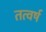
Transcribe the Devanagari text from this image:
तत्वर्ष